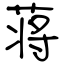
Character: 蒋